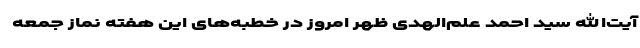
آیت‌الله سید احمد علم‌الهدی ظهر امروز در خطبه‌های این هفته نماز جمعه